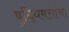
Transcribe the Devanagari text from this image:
बुद्धिमत्तांचा